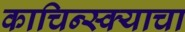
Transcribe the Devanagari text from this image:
काचिन्स्क्याचा